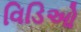
વિડિઓ